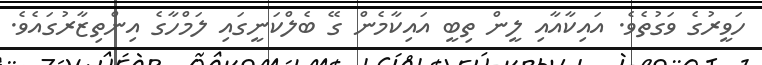
ހަވީރުގެ ވަގުތެވެ. އައިކާއާއި ލީން ތިބީ އައިކާމެން ގޭ ބެލްކަނީގައި ލަމްހާގެ އިންތިޒާރުގައެވެ.